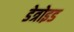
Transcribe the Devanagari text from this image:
डेत्रोइड